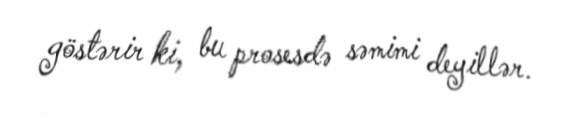
göstərir ki, bu prosesdə səmimi deyillər.